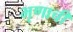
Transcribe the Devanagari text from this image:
भृणाची